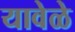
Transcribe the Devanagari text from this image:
यावेळे